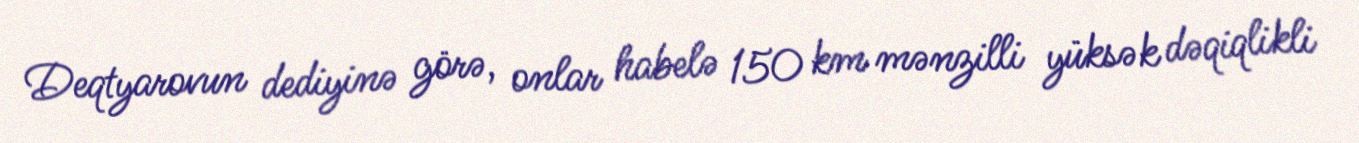
Deqtyarovun dediyinə görə, onlar habelə 150 km mənzilli yüksək dəqiqlikli